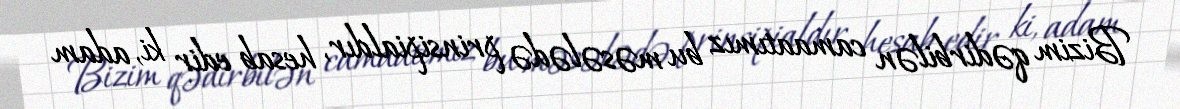
Bizim qədirbilən camaatımız bu məsələdə prinsipialdır, hesab edir ki, adam